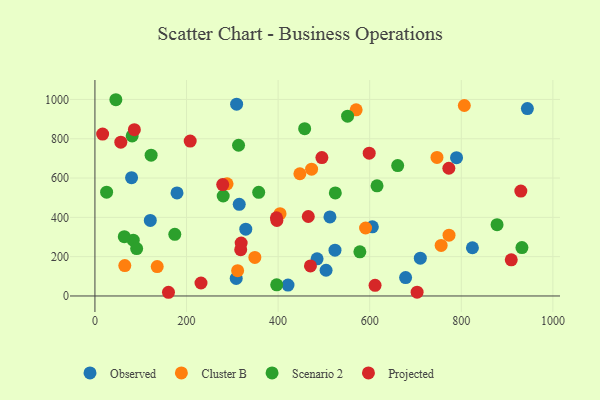
{"axis": {"x": "Engine Size", "y": "Profit"}, "legend": ["Cluster B", "Observed", "Projected", "Scenario 2"], "data": [{"x": "120.9", "y": 384.4, "type": "Observed"}, {"x": "308.5", "y": 89.3, "type": "Observed"}, {"x": "504.7", "y": 131.0, "type": "Observed"}, {"x": "485.1", "y": 189.1, "type": "Observed"}, {"x": "524.2", "y": 233.0, "type": "Observed"}, {"x": "605.8", "y": 351.8, "type": "Observed"}, {"x": "315.1", "y": 466.2, "type": "Observed"}, {"x": "944.3", "y": 953.8, "type": "Observed"}, {"x": "80.0", "y": 601.8, "type": "Observed"}, {"x": "513.2", "y": 402.0, "type": "Observed"}, {"x": "421.6", "y": 55.4, "type": "Observed"}, {"x": "329.4", "y": 339.9, "type": "Observed"}, {"x": "824.3", "y": 245.3, "type": "Observed"}, {"x": "179.2", "y": 524.3, "type": "Observed"}, {"x": "710.5", "y": 192.4, "type": "Observed"}, {"x": "309.4", "y": 976.0, "type": "Observed"}, {"x": "678.4", "y": 93.8, "type": "Observed"}, {"x": "789.6", "y": 703.8, "type": "Observed"}, {"x": "746.9", "y": 705.1, "type": "Cluster B"}, {"x": "288.5", "y": 570.6, "type": "Cluster B"}, {"x": "756.0", "y": 257.0, "type": "Cluster B"}, {"x": "349.2", "y": 196.1, "type": "Cluster B"}, {"x": "447.5", "y": 621.8, "type": "Cluster B"}, {"x": "806.6", "y": 969.2, "type": "Cluster B"}, {"x": "65.2", "y": 154.8, "type": "Cluster B"}, {"x": "311.6", "y": 128.8, "type": "Cluster B"}, {"x": "136.0", "y": 149.5, "type": "Cluster B"}, {"x": "591.0", "y": 345.9, "type": "Cluster B"}, {"x": "404.2", "y": 418.7, "type": "Cluster B"}, {"x": "473.1", "y": 645.1, "type": "Cluster B"}, {"x": "773.2", "y": 309.3, "type": "Cluster B"}, {"x": "570.4", "y": 947.3, "type": "Cluster B"}, {"x": "174.4", "y": 313.9, "type": "Scenario 2"}, {"x": "25.5", "y": 528.2, "type": "Scenario 2"}, {"x": "83.7", "y": 284.1, "type": "Scenario 2"}, {"x": "91.1", "y": 241.2, "type": "Scenario 2"}, {"x": "357.6", "y": 527.2, "type": "Scenario 2"}, {"x": "524.9", "y": 524.1, "type": "Scenario 2"}, {"x": "932.4", "y": 246.5, "type": "Scenario 2"}, {"x": "280.1", "y": 508.8, "type": "Scenario 2"}, {"x": "81.3", "y": 814.3, "type": "Scenario 2"}, {"x": "551.7", "y": 915.1, "type": "Scenario 2"}, {"x": "313.6", "y": 766.9, "type": "Scenario 2"}, {"x": "64.1", "y": 301.6, "type": "Scenario 2"}, {"x": "122.7", "y": 716.2, "type": "Scenario 2"}, {"x": "458.0", "y": 851.2, "type": "Scenario 2"}, {"x": "396.9", "y": 56.5, "type": "Scenario 2"}, {"x": "661.1", "y": 663.4, "type": "Scenario 2"}, {"x": "878.1", "y": 362.8, "type": "Scenario 2"}, {"x": "45.7", "y": 998.6, "type": "Scenario 2"}, {"x": "578.5", "y": 224.5, "type": "Scenario 2"}, {"x": "616.0", "y": 560.5, "type": "Scenario 2"}, {"x": "611.7", "y": 54.3, "type": "Projected"}, {"x": "495.6", "y": 704.1, "type": "Projected"}, {"x": "470.6", "y": 153.0, "type": "Projected"}, {"x": "703.5", "y": 19.3, "type": "Projected"}, {"x": "465.9", "y": 404.3, "type": "Projected"}, {"x": "396.4", "y": 398.1, "type": "Projected"}, {"x": "160.6", "y": 18.8, "type": "Projected"}, {"x": "16.8", "y": 823.7, "type": "Projected"}, {"x": "930.0", "y": 533.9, "type": "Projected"}, {"x": "598.9", "y": 726.8, "type": "Projected"}, {"x": "208.0", "y": 788.4, "type": "Projected"}, {"x": "86.1", "y": 846.4, "type": "Projected"}, {"x": "56.5", "y": 782.4, "type": "Projected"}, {"x": "318.3", "y": 235.7, "type": "Projected"}, {"x": "772.8", "y": 649.8, "type": "Projected"}, {"x": "279.0", "y": 566.7, "type": "Projected"}, {"x": "397.3", "y": 384.6, "type": "Projected"}, {"x": "231.6", "y": 66.0, "type": "Projected"}, {"x": "319.3", "y": 269.0, "type": "Projected"}, {"x": "909.1", "y": 183.7, "type": "Projected"}]}